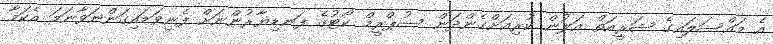
އެ މައްސަލައިގެ ޝަރީއަތް އަލުން ކުރިއަށްގެންދަން ސުޕްރީމް ކޯޓުގެ ފަނޑިޔާރުންނަށް ފެނިވަޑައިގަންނަވާނަމަ އެކަމާ